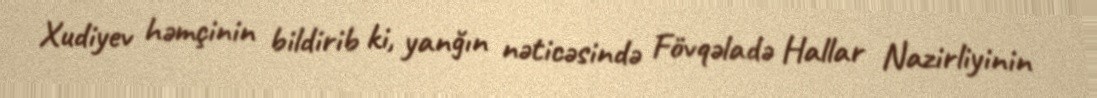
Xudiyev həmçinin bildirib ki, yanğın nəticəsində Fövqəladə Hallar Nazirliyinin